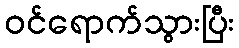
ဝင်ရောက်သွားပြီး